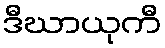
ဒီဃာယုကီ